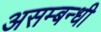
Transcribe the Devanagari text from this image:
असम्बन्धी